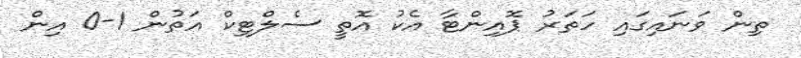
ތިން ވަނައިގައި ހަތަރު ޕޮއިންޓާ އެކު އޮތީ ސެލްޓިކް އަތުން 1-0 އިން